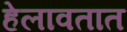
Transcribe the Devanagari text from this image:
हेलावतात